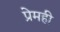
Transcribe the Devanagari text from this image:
प्रेमही